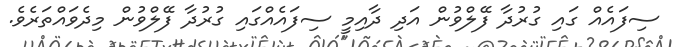
ސިފައެއް ގައި ގުރުދާ ފޭލްވުން އަދި ދާއިމީ ސިފައެއްގައި ގުރުދާ ފޭލްވުން މިދެވައްތަރެވެ.